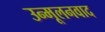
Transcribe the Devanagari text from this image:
उन्मूलनवाद